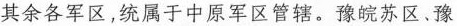
其余各军区，统属于中原军区管辖。豫皖苏区、豫